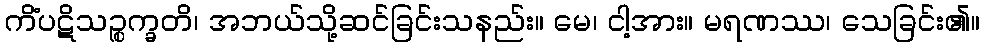
ကိံပဋိသဉ္စက္ခတိ၊ အဘယ်သို့ဆင်ခြင်းသနည်း။ မေ၊ ငါ့အား။ မရဏဿ၊ သေခြင်း၏။